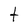
Character: t